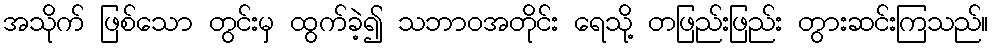
အသိုက် ဖြစ်သော တွင်းမှ ထွက်ခဲ့၍ သဘာဝအတိုင်း ရေသို့ တဖြည်းဖြည်း တွားဆင်းကြသည်။